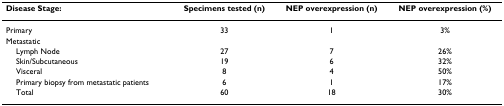
<table><thead><tr><td><b>Disease Stage:</b></td><td><b>Specimens tested (n)</b></td><td><b>NEP overexpression (n)</b></td><td><b>NEP overexpression (%)</b></td></tr></thead><tbody><tr><td>Primary</td><td>33</td><td>1</td><td>3%</td></tr><tr><td>Metastatic</td><td></td><td></td><td></td></tr><tr><td> Lymph Node</td><td>27</td><td>7</td><td>26%</td></tr><tr><td> Skin/Subcutaneous</td><td>19</td><td>6</td><td>32%</td></tr><tr><td> Visceral</td><td>8</td><td>4</td><td>50%</td></tr><tr><td> Primary biopsy from metastatic patients</td><td>6</td><td>1</td><td>17%</td></tr><tr><td> Total</td><td>60</td><td>18</td><td>30%</td></tr></tbody></table>